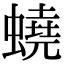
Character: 蟯